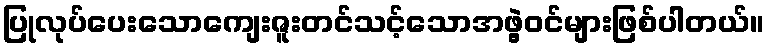
ပြုလုပ်ပေးသောကျေးဇူးတင်သင့်သောအဖွဲ့ဝင်များဖြစ်ပါတယ်။